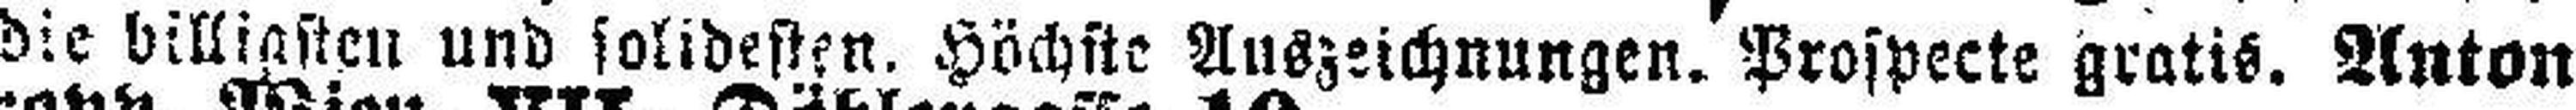
die billigsten und solidesten. Höchste Auszeichnungen. Prospecte gratis. Anton